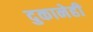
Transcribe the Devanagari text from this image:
दुकानेही